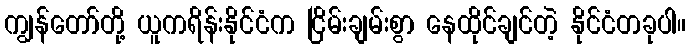
ကျွန်တော်တို့ ယူကရိန်းနိုင်ငံက ငြိမ်းချမ်းစွာ နေထိုင်ချင်တဲ့ နိုင်ငံတခုပါ။